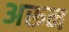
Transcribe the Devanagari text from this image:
अरून